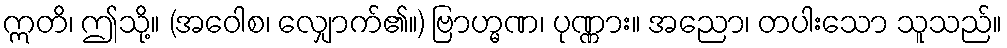
ဣတိ၊ ဤသို့။ (အဝေါစ၊ လျှောက်၏။) ဗြာဟ္မဏ၊ ပုဏ္ဏား။ အညော၊ တပါးသော သူသည်။